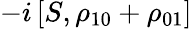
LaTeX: -i\left[S,{{\rho}_{10}}+{{\rho}_{01}}\right]